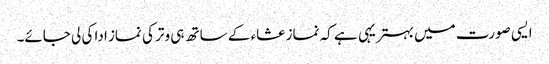
ایسی صورت میں بہتریہی ہے کہ نماز عشاء کے ساتھ ہی وتر کی نماز ادا کی لی جائے۔